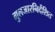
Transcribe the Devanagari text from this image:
गुलजारनिर्देशित